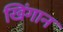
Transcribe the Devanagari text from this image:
खिंगान